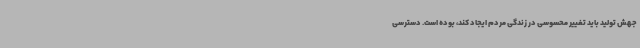
جهش تولید باید تغییر محسوسی در زندگی مردم ایجاد کند، بوده است. دسترسی